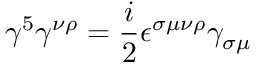
\gamma ^ { 5 } \gamma ^ { \nu \rho } = { \frac { i } { 2 } } \epsilon ^ { \sigma \mu \nu \rho } \gamma _ { \sigma \mu }